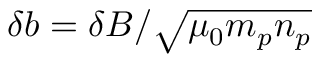
\delta \boldsymbol { b } = { \delta \boldsymbol { B } } / { \sqrt { \mu _ { 0 } m _ { p } n _ { p } } }